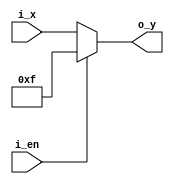
`timescale 1ns / 1ps


module TriBuffer_fnd(
    input [3:0] i_x,
    input i_en,

    output [3:0] o_y
    );

    assign o_y = (i_en == 1'b0) ? i_x : 4'b1111;
endmodule